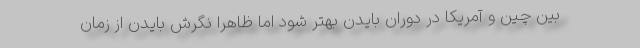
بین چین و آمریکا در دوران بایدن بهتر شود اما ظاهرا نگرش بایدن از زمان